Plague in India, 1896, 1897 - Volume 4
Year: 1896
Disease focus: Plague
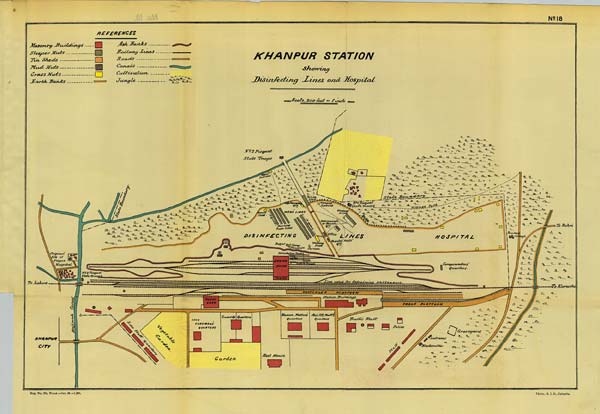
No: 18
Reg. No. 594, Home.—Jan. 98.—1,000. Photo., S. I. O., Calcutta.